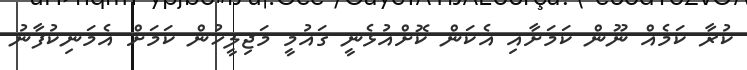
ކުރާ ކަމެއް ނޫން ކަމަށާއި އެކަން ކޮށްއުޅެނީ ގައުމީ މަޖިލީހުން ކަމަށް އެމަނިކުފާނު